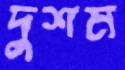
দুশম